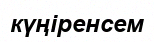
күңіренсем